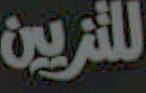
للتزيين